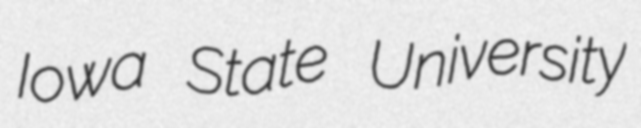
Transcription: Iowa State University